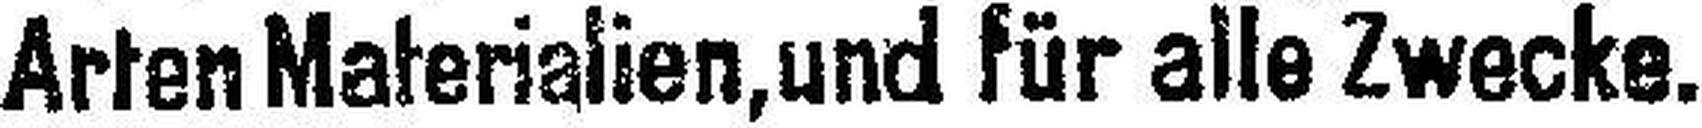
Arten Materialien, und für alle Zwecke.